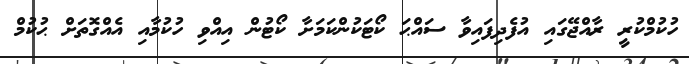
ހުކުމްކުރީ ރާއްޖޭގައި އުފެދިފައިވާ ސައްޙަ ކޯޓަކުންކަމަށާ ކޯޓުން އިއްވި ހުކުމާއި އެއްގޮތަށް ޙުކުމް